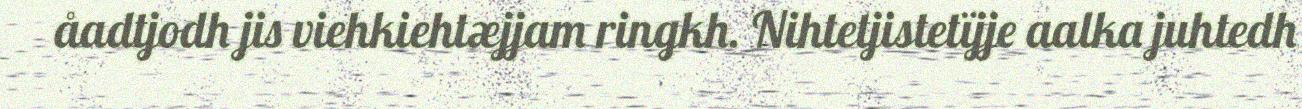
åadtjodh jis viehkiehtæjjam ringkh. Nihtetjistetïjje aalka juhtedh